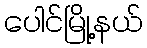
ပေါင်မြို့နယ်